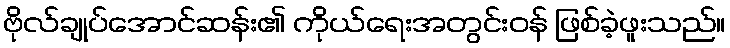
ဗိုလ်ချုပ်အောင်ဆန်း၏ ကိုယ်ရေးအတွင်းဝန် ဖြစ်ခဲ့ဖူးသည်။